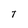
Character: T